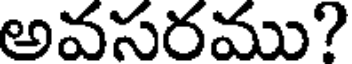
అవసరము?